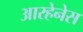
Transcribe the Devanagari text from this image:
आरहेनेस